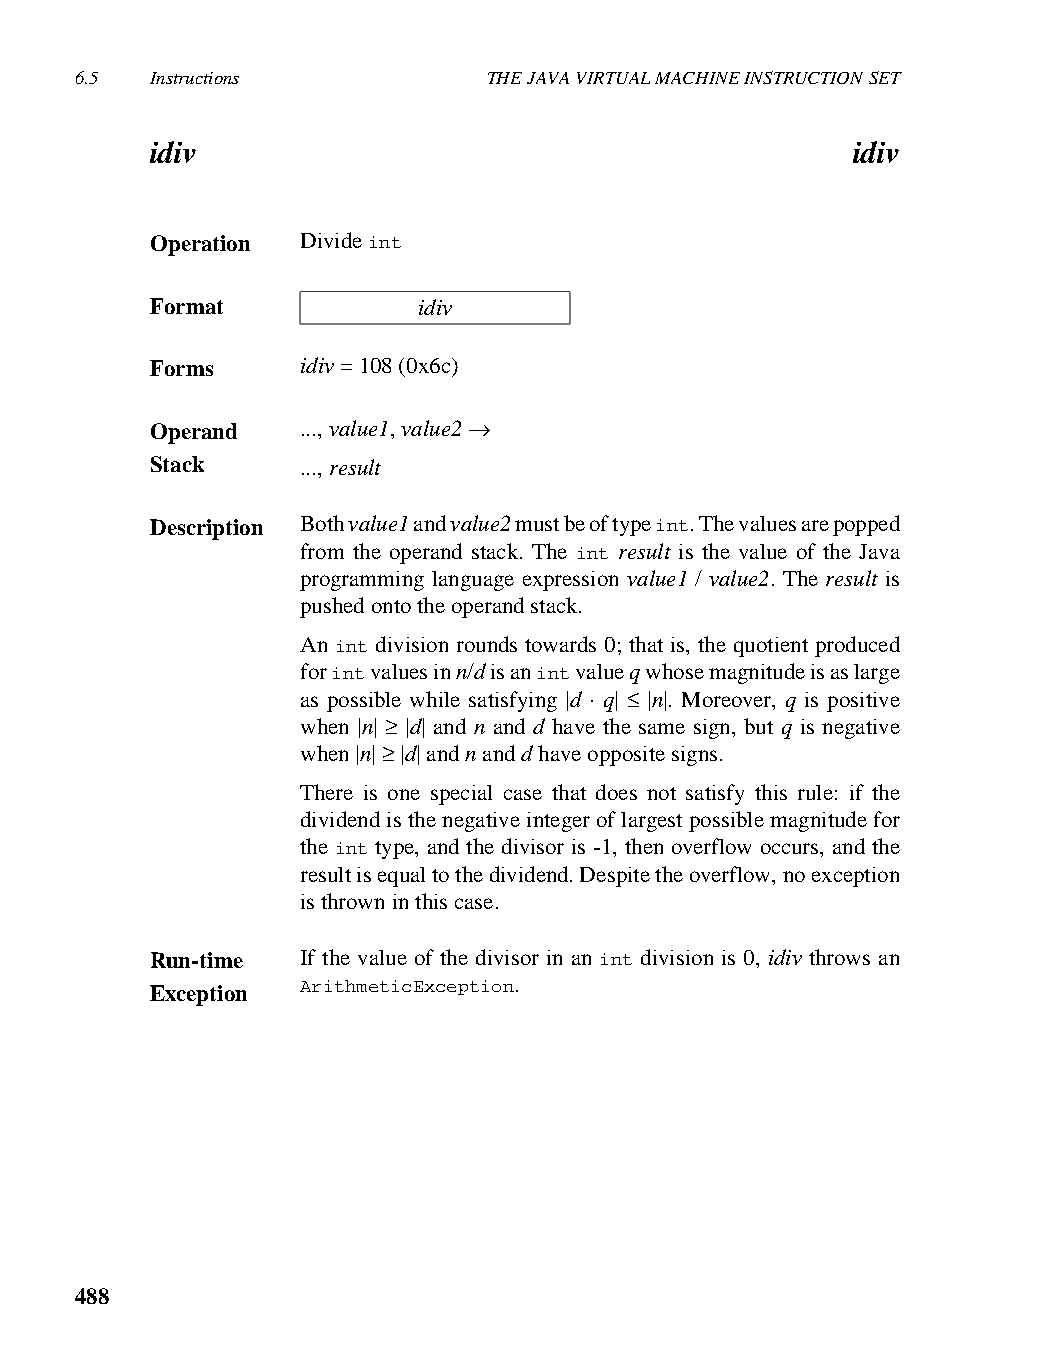
6.5  Instructions          THE JAVA VIRTUAL MACHINE INSTRUCTION SET
 idiv                                          idiv
 Operation Divide int
 Format            idiv
 Forms     idiv = 108 (0x6c)
 Operand   ..., value1, value2 →
 Stack     ..., result
 Description Both value1 and value2 must be of type int. The values are popped
 from the operand stack. The int result is the value of the Java
 programming language expression value1 / value2. The result is
 pushed onto the operand stack.
 An int division rounds towards 0; that is, the quotient produced
 for int values in n/d is an int value q whose magnitude is as large
 as possible while satisfying |d ⋅ q| ≤ |n|. Moreover, q is positive
 when |n| ≥ |d| and n and d have the same sign, but q is negative
 when |n| ≥ |d| and n and d have opposite signs.
 There is one special case that does not satisfy this rule: if the
 dividend is the negative integer of largest possible magnitude for
 the int type, and the divisor is -1, then overflow occurs, and the
 result is equal to the dividend. Despite the overflow, no exception
 is thrown in this case.
 Run-time  If the value of the divisor in an int division is 0, idiv throws an
 ArithmeticException.
 Exception
 488